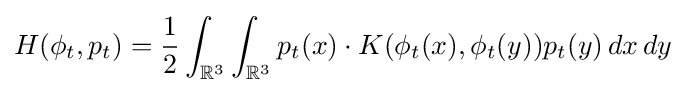
H(\phi _{t},p_{t})={\frac {1}{2}}\int _{{\mathbb {R} }^{3}}\int _{{\mathbb {R} }^{3}}p_{t}(x)\cdot K(\phi _{t}(x),\phi _{t}(y))p_{t}(y)\,dx\,dy\displaystyle